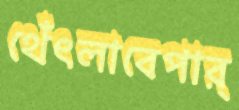
থেঁৎলাবেপার্